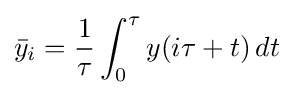
{\bar {y}}_{i}={\frac {1}{\tau }}\int _{0}^{\tau }y(i\tau +t)\,dt